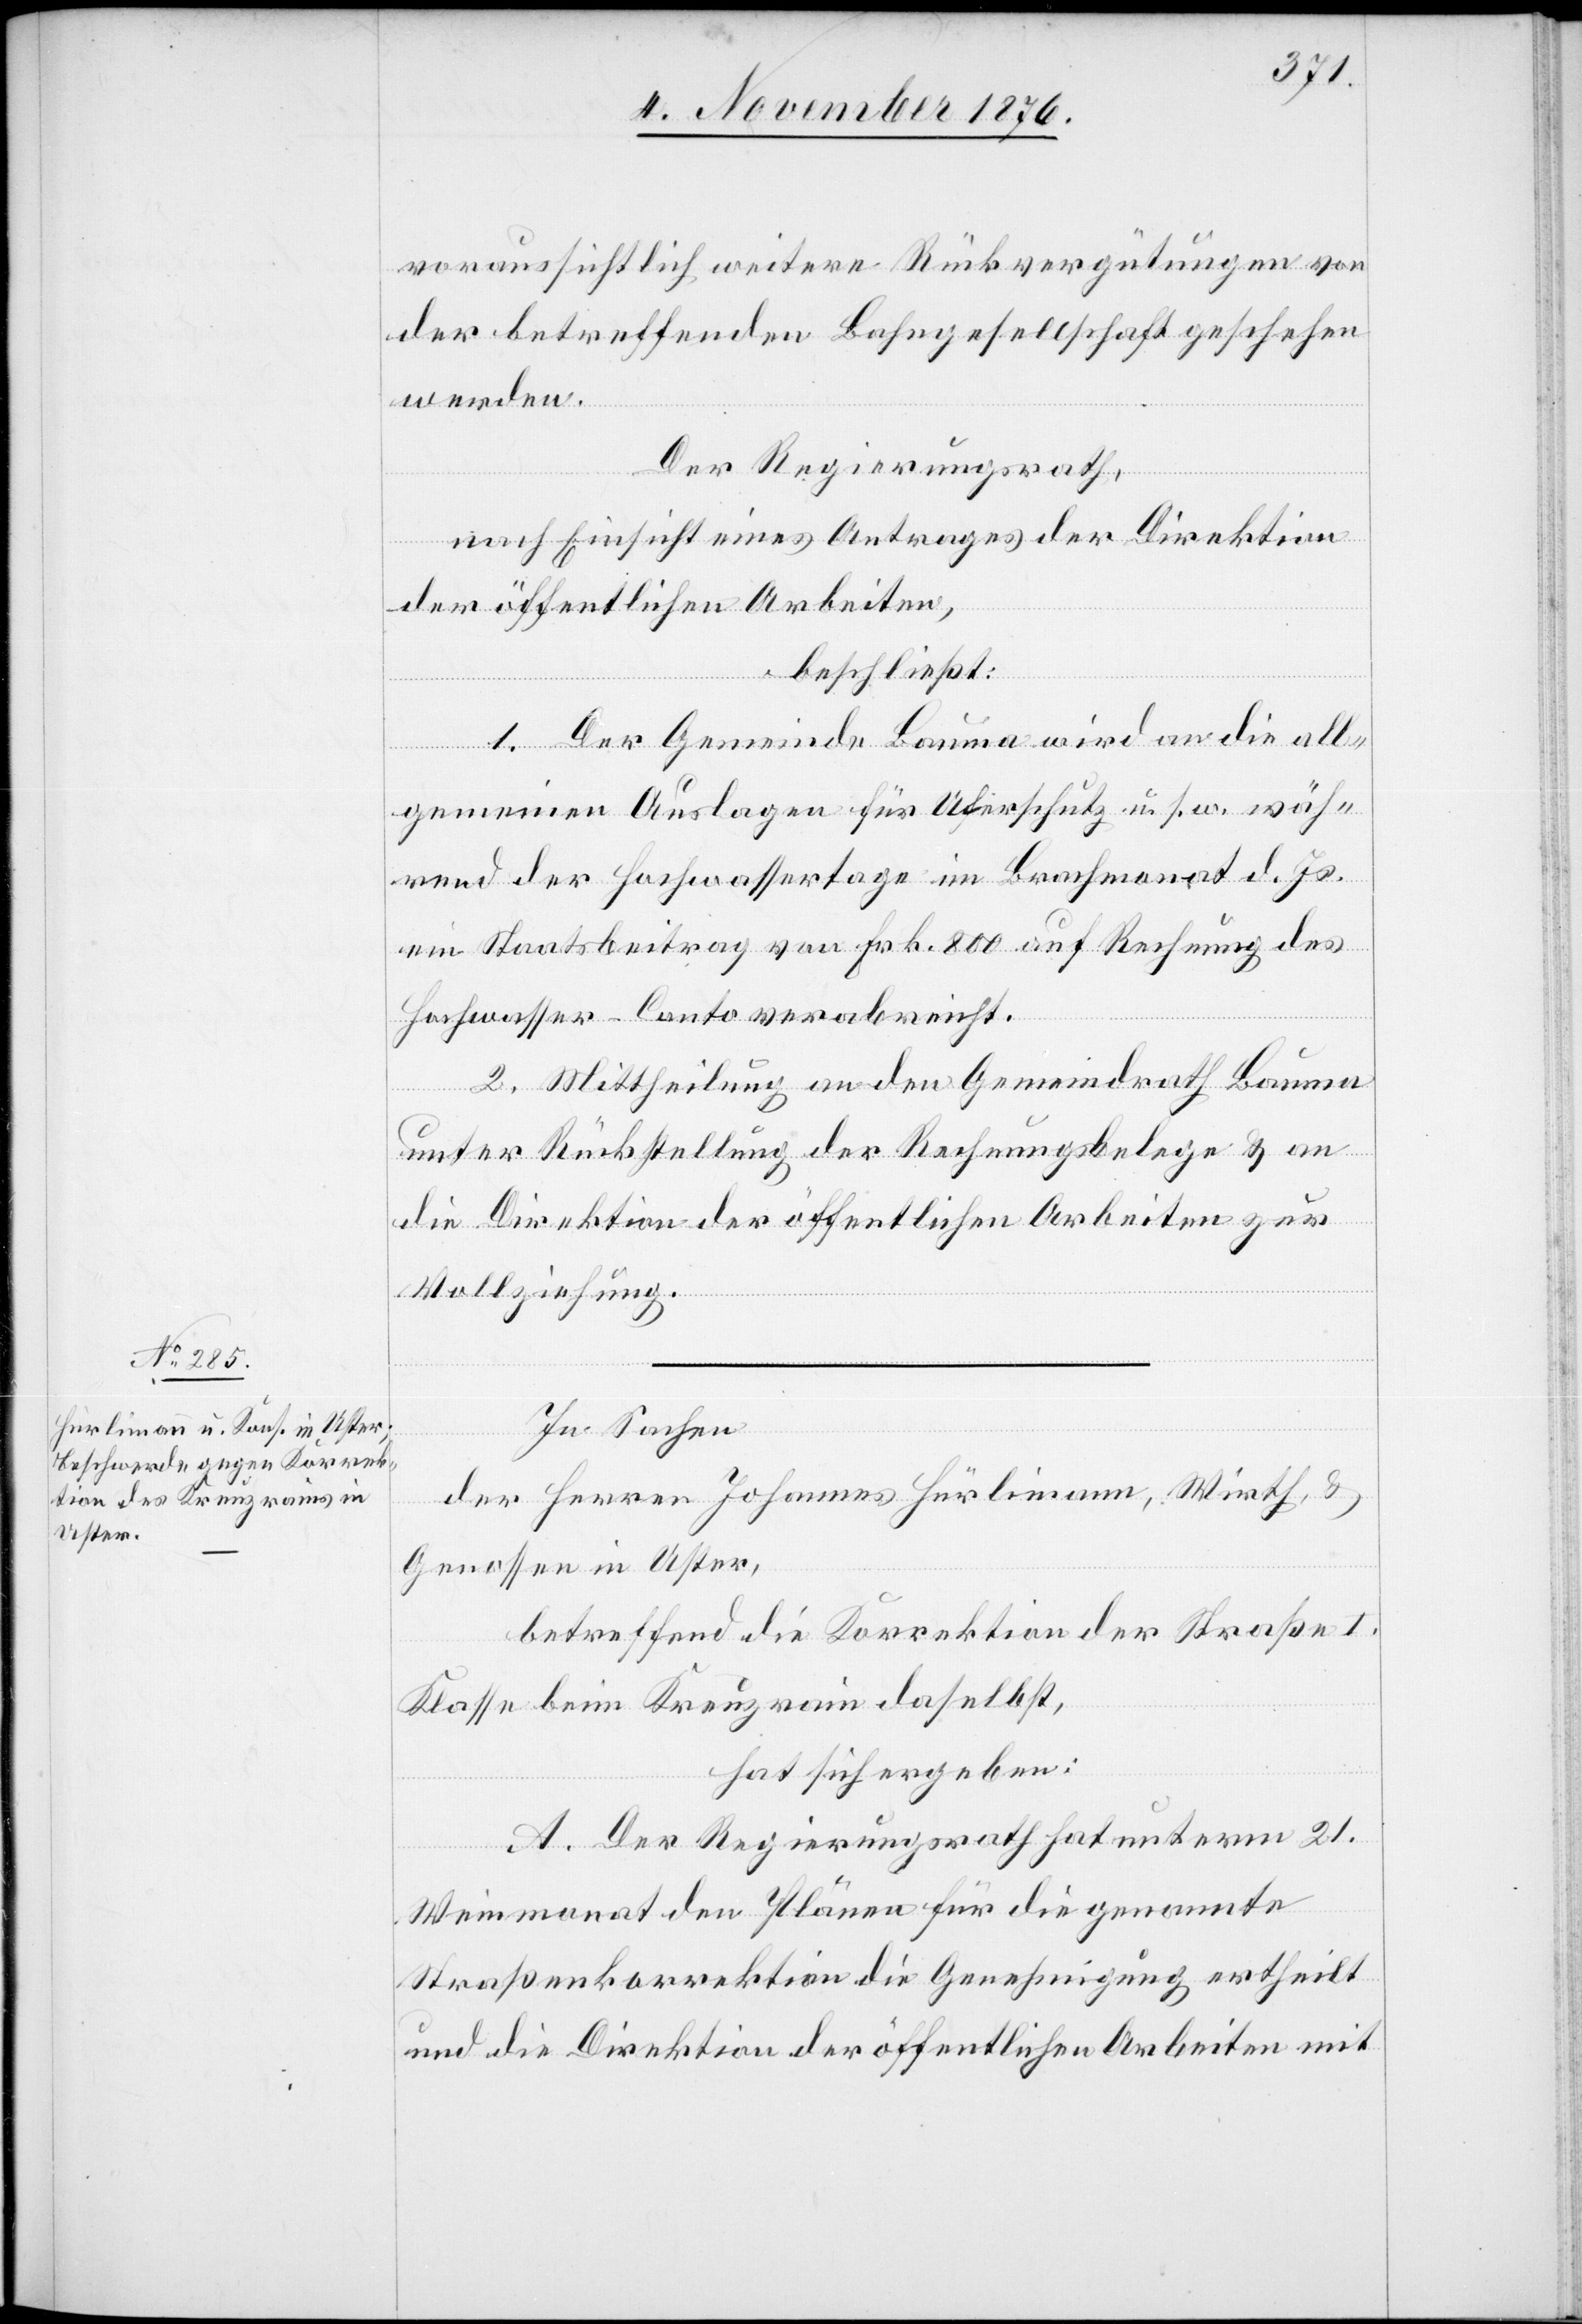
voraussichtlich weitere Rückvergütungen von
der betreffenden Bahngesellschaft geschehen
werden.
Der Regierungsrath,
nach Einsicht eines Antrages der Direktion
der öffentlichen Arbeiten,
beschließt:
1. Der Gemeinde Bauma wird an die all¬
gemeinen Auslagen für Uferschutz u. s. w. wäh¬
rend der Hochwassertage im Brachmonat d. Js.
ein Staatsbeitrag von Frk. 800 auf Rechnung des
Hochwasser-Conto verabreicht.
2. Mittheilung an den Gemeindrath Bauma
unter Rückstellung der Rechnungsbelege & an
die Direktion der öffentlichen Arbeiten zur
Vollziehung.
In Sachen
der Herren Johannes Hürlimann, Wirth &
Genossen in Uster,
betreffend die Korrektion der Straße I.
Klasse beim Kreuzrain daselbst,
hat sich ergeben:
A. Der Regierungsrath hat unterm 21.
Weinmonat den Plänen für die genannte
Straßenkorrektion die Genehmigung ertheilt
und die Direktion der öffentlichen Arbeiten mit